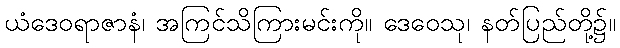
ယံဒေဝရာဇာနံ၊ အကြင်သိကြားမင်းကို။ ဒေဝေသု၊ နတ်ပြည်တို့၌။